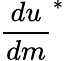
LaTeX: \frac{du}{dm}^{*}